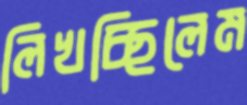
লিখচ্ছিলেম